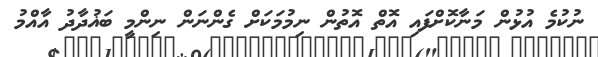
ނުކުމެ އުޅުން މަނާކޮށްފައި އޮތް އޮތުން ނިމުމަކަށް ގެންނަން ނިންމީ ބަޣުދާދު އާއްމު